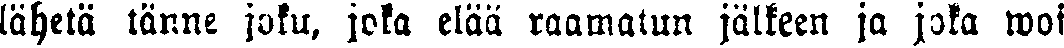
lähetä tänne joku, joka elää raamatun jälkeen ja joka woi